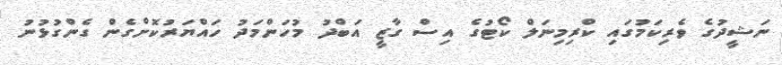
ނަޝީދުގެ ވެރިކަމުގައި ކްރިމިނަލް ކޯޓުގެ އިސް ގާޒީ އަބްދު މުހަންމަދު ހައްޔަރުކޮށްގެން ގެންގުޅުނު